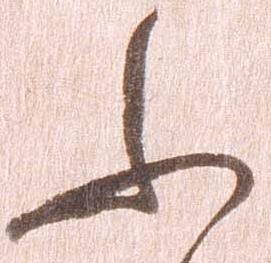
ふ